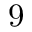
9